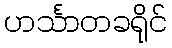
ဟင်္သာတခရိုင်